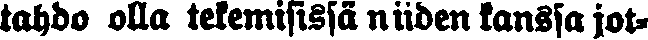
tahdo olla tekemisissä niiden kanssa jot-